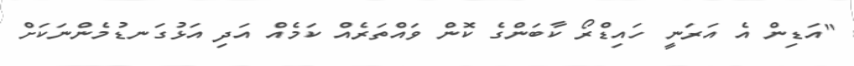
"އަޑިން އެ އަރަނީ ހައިޑްރޯ ކާބަންގެ ކޮން ވައްތަރެއް ކަމެއް އަދި އަޅުގަނޑުމެންނަކަށް